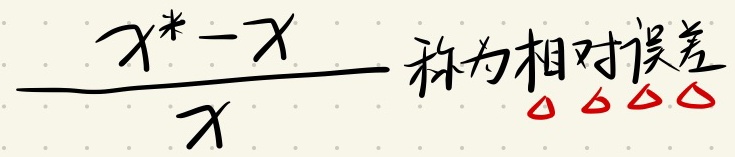
\(\frac{x^{*}-x}{x}\)称为相对误差